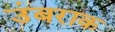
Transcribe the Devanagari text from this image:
उंबराक